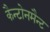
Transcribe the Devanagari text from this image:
कैन्टोनमैन्ट